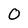
Character: O